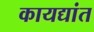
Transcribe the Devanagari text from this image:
कायद्यांत